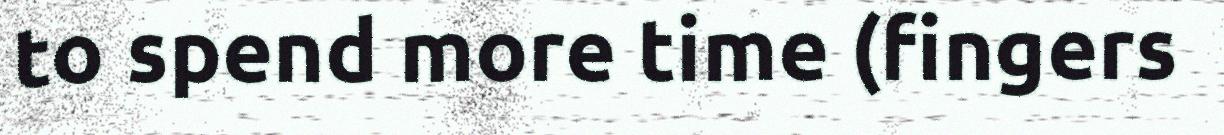
to spend more time (fingers